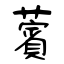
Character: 薲